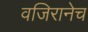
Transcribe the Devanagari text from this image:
वजिरानेच